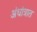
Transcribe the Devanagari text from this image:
अंधांत्रात